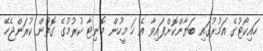
ހައިކޯޓުގެ އަމުރުގައި ބަޔާންކޮށްފައިވާ އެ ހަ މީހުން މޮނިޓާ ކުރުމުގެ ގޮތުން ކުރަންޖެހޭ